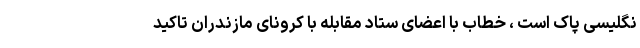
نگلیسی پاک است ، خطاب با اعضای ستاد مقابله با کرونای مازندران تاکید